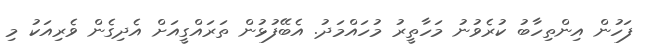
ފަހުން އިންތިހާބު ކުރެވުނު މަހާތީރު މުހައްމަދު. އެބޭފުޅުން ތަރައްގީއަށް އެދިގެން ވެރިއަކު މި